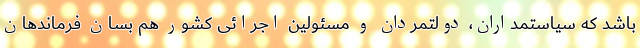
باشد که سیاستمداران، دولتمردان و مسئولین اجرائی کشور هم بسان فرماندهان